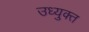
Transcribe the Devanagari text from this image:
उध्युक्त